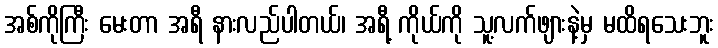
အစ်ကိုကြီး မေးတာ အရီ နားလည်ပါတယ်၊ အရီ့ ကိုယ်ကို သူ့လက်ဖျားနဲ့မှ မထိရသေးဘူး